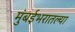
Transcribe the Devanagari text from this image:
मुंबईभरातल्या